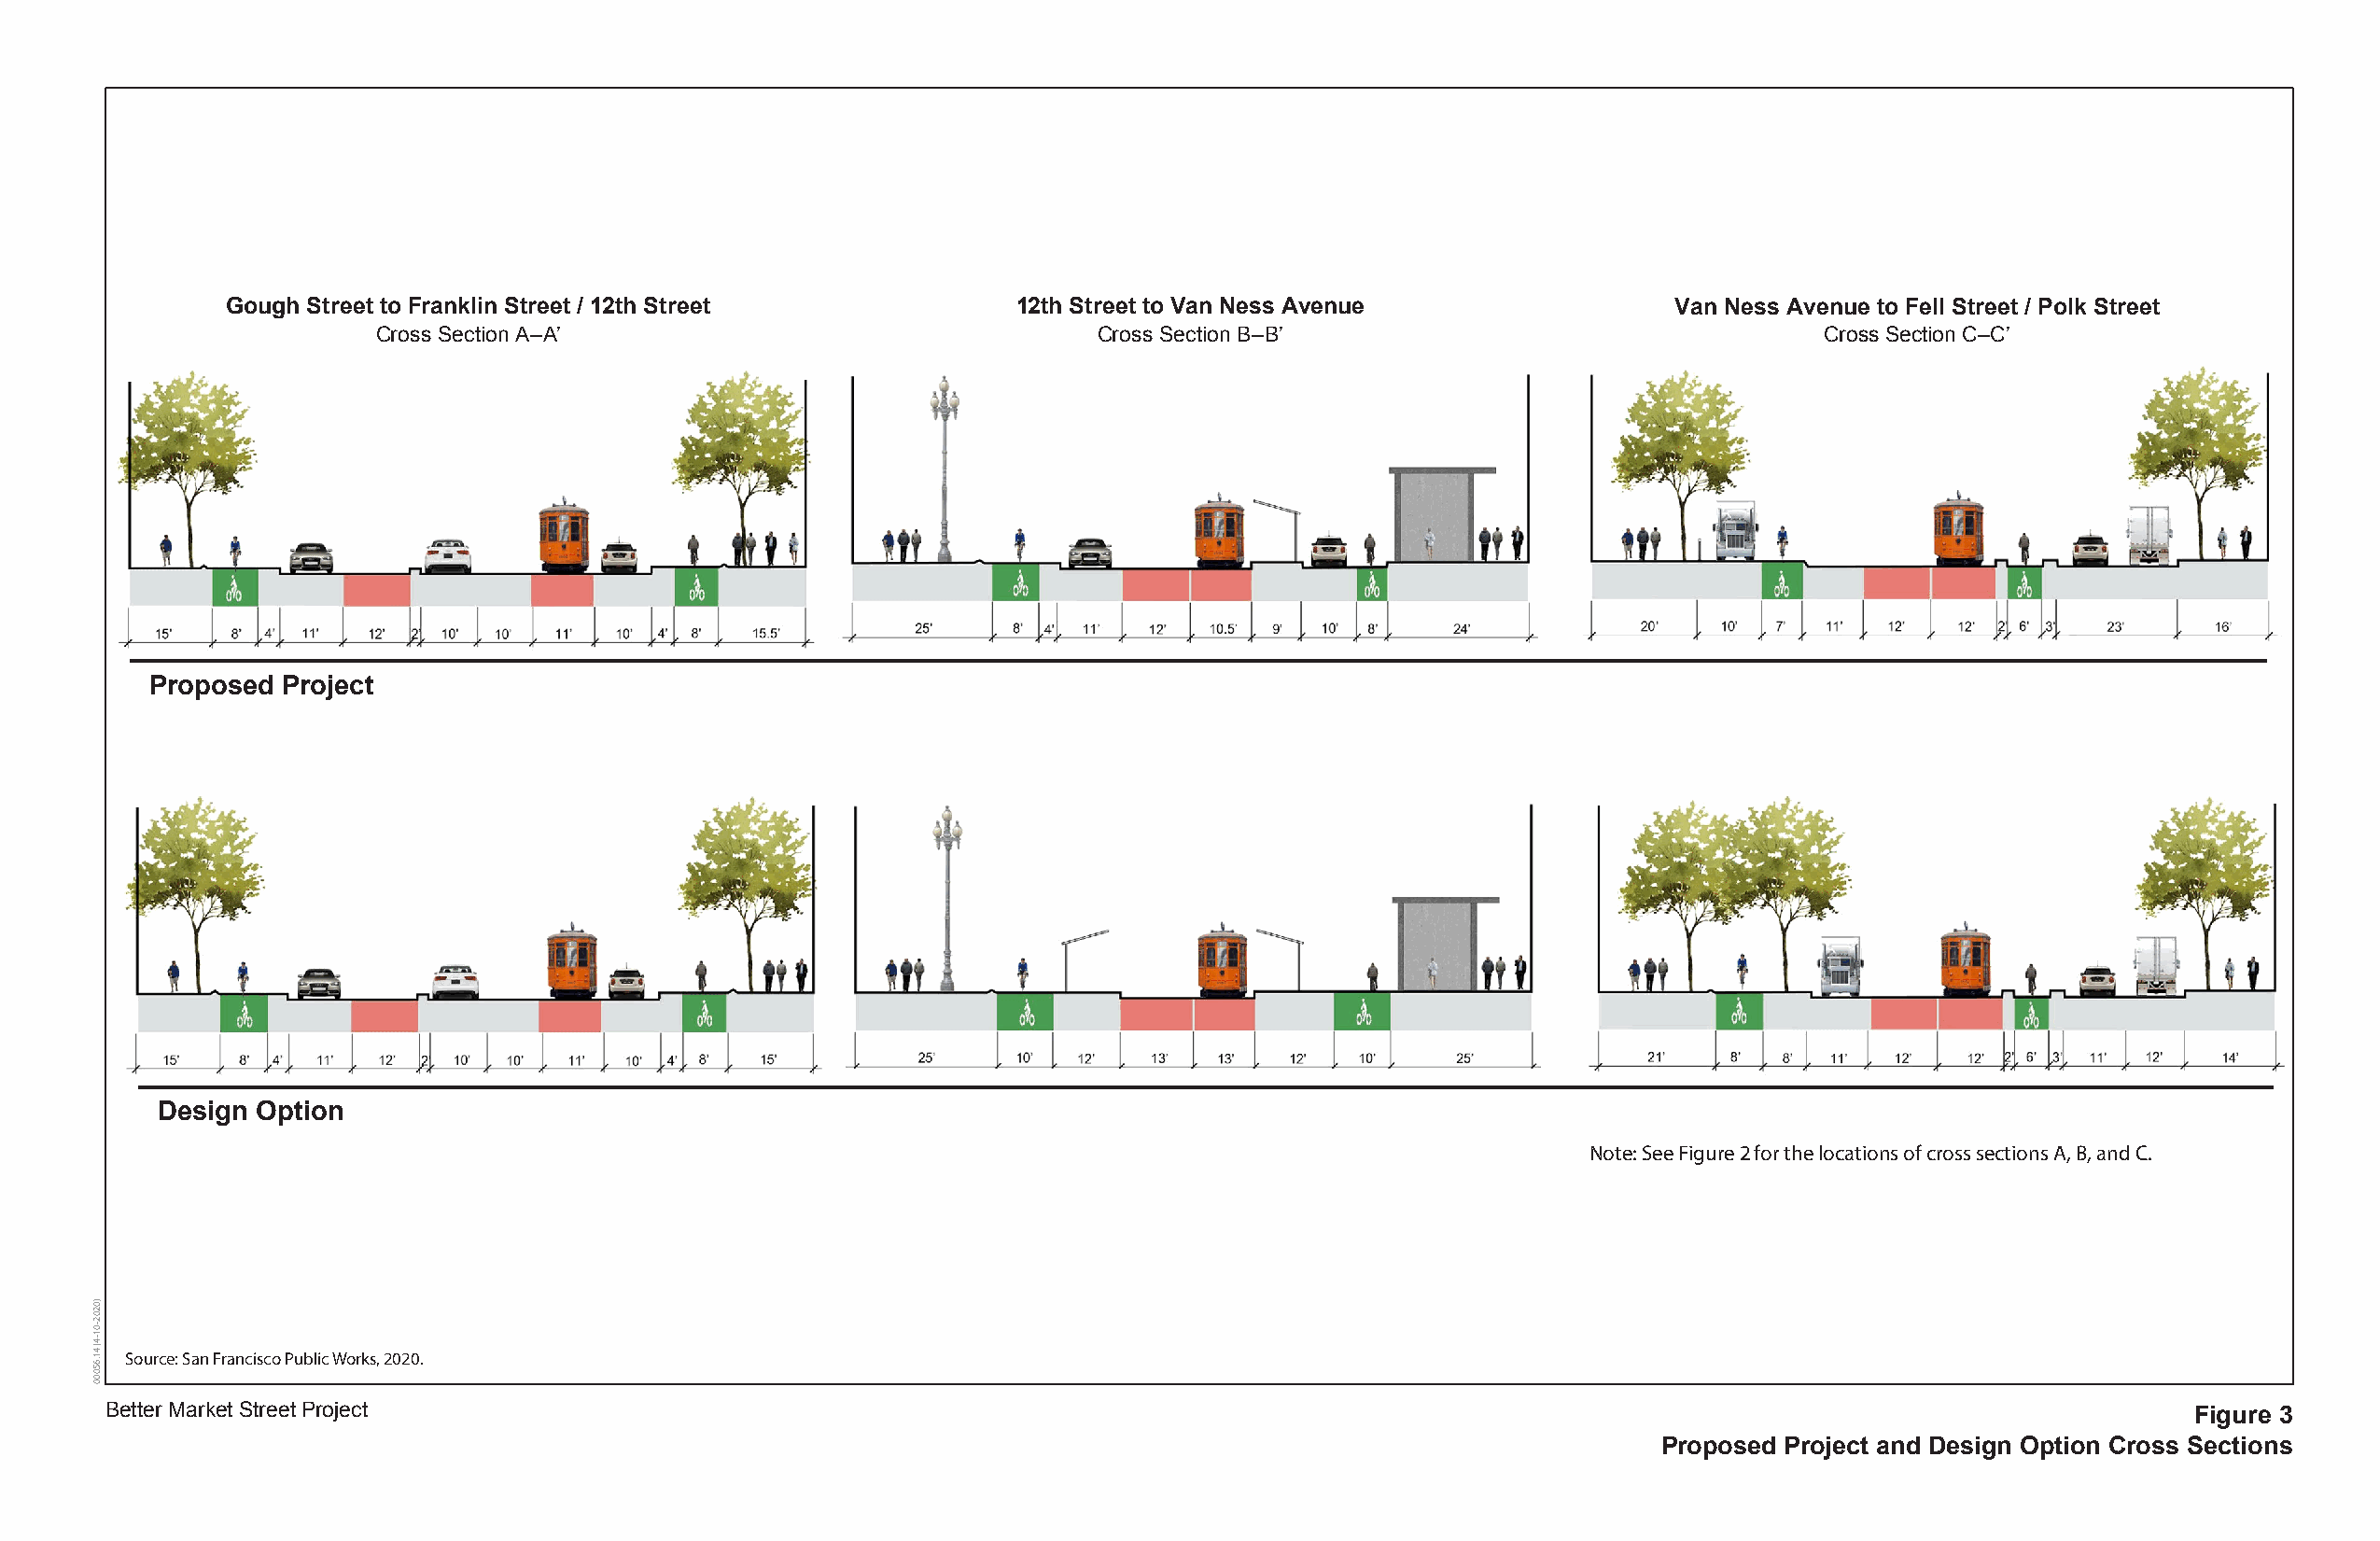
Gough Street to Franklin Street / 12th Street           12th Street to Van Ness Avenue                 Van Ness Avenue to Fell Street / Polk Street
 Cross Section A–A’                                 Cross Section B–B’                                 Cross Section C–C’
 Proposed Project
 Design Option
 Note: See Figure 2 for the locations of cross sections A, B, and C.
 Source: San Francisco Public Works, 2020.
 Better Market Street Project                                                                                                                         Figure 3
 Proposed Project and Design Option Cross Sections
 )0202-01-4(
 41.65000